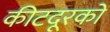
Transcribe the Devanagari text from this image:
कीटदूरकों